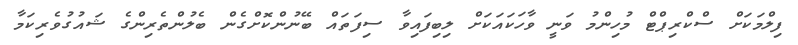
ފިލްމަކަށް ސްކްރިޕްޓް މުހިންމު ވަނީ ވާހަކައަކަށް ލިބިފައިވާ ސިފަތައް ބޭނުންކޮށްގެން ބެލުންތެރިންގެ ޝައުގުވެރިކަމާ